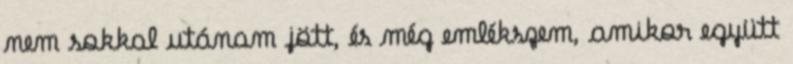
nem sokkal utánam jött, és még emlékszem, amikor együtt